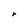
Character: r